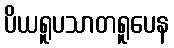
ပိယရူပသာတရူပေန